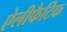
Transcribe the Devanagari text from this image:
ऐलीफैटिक